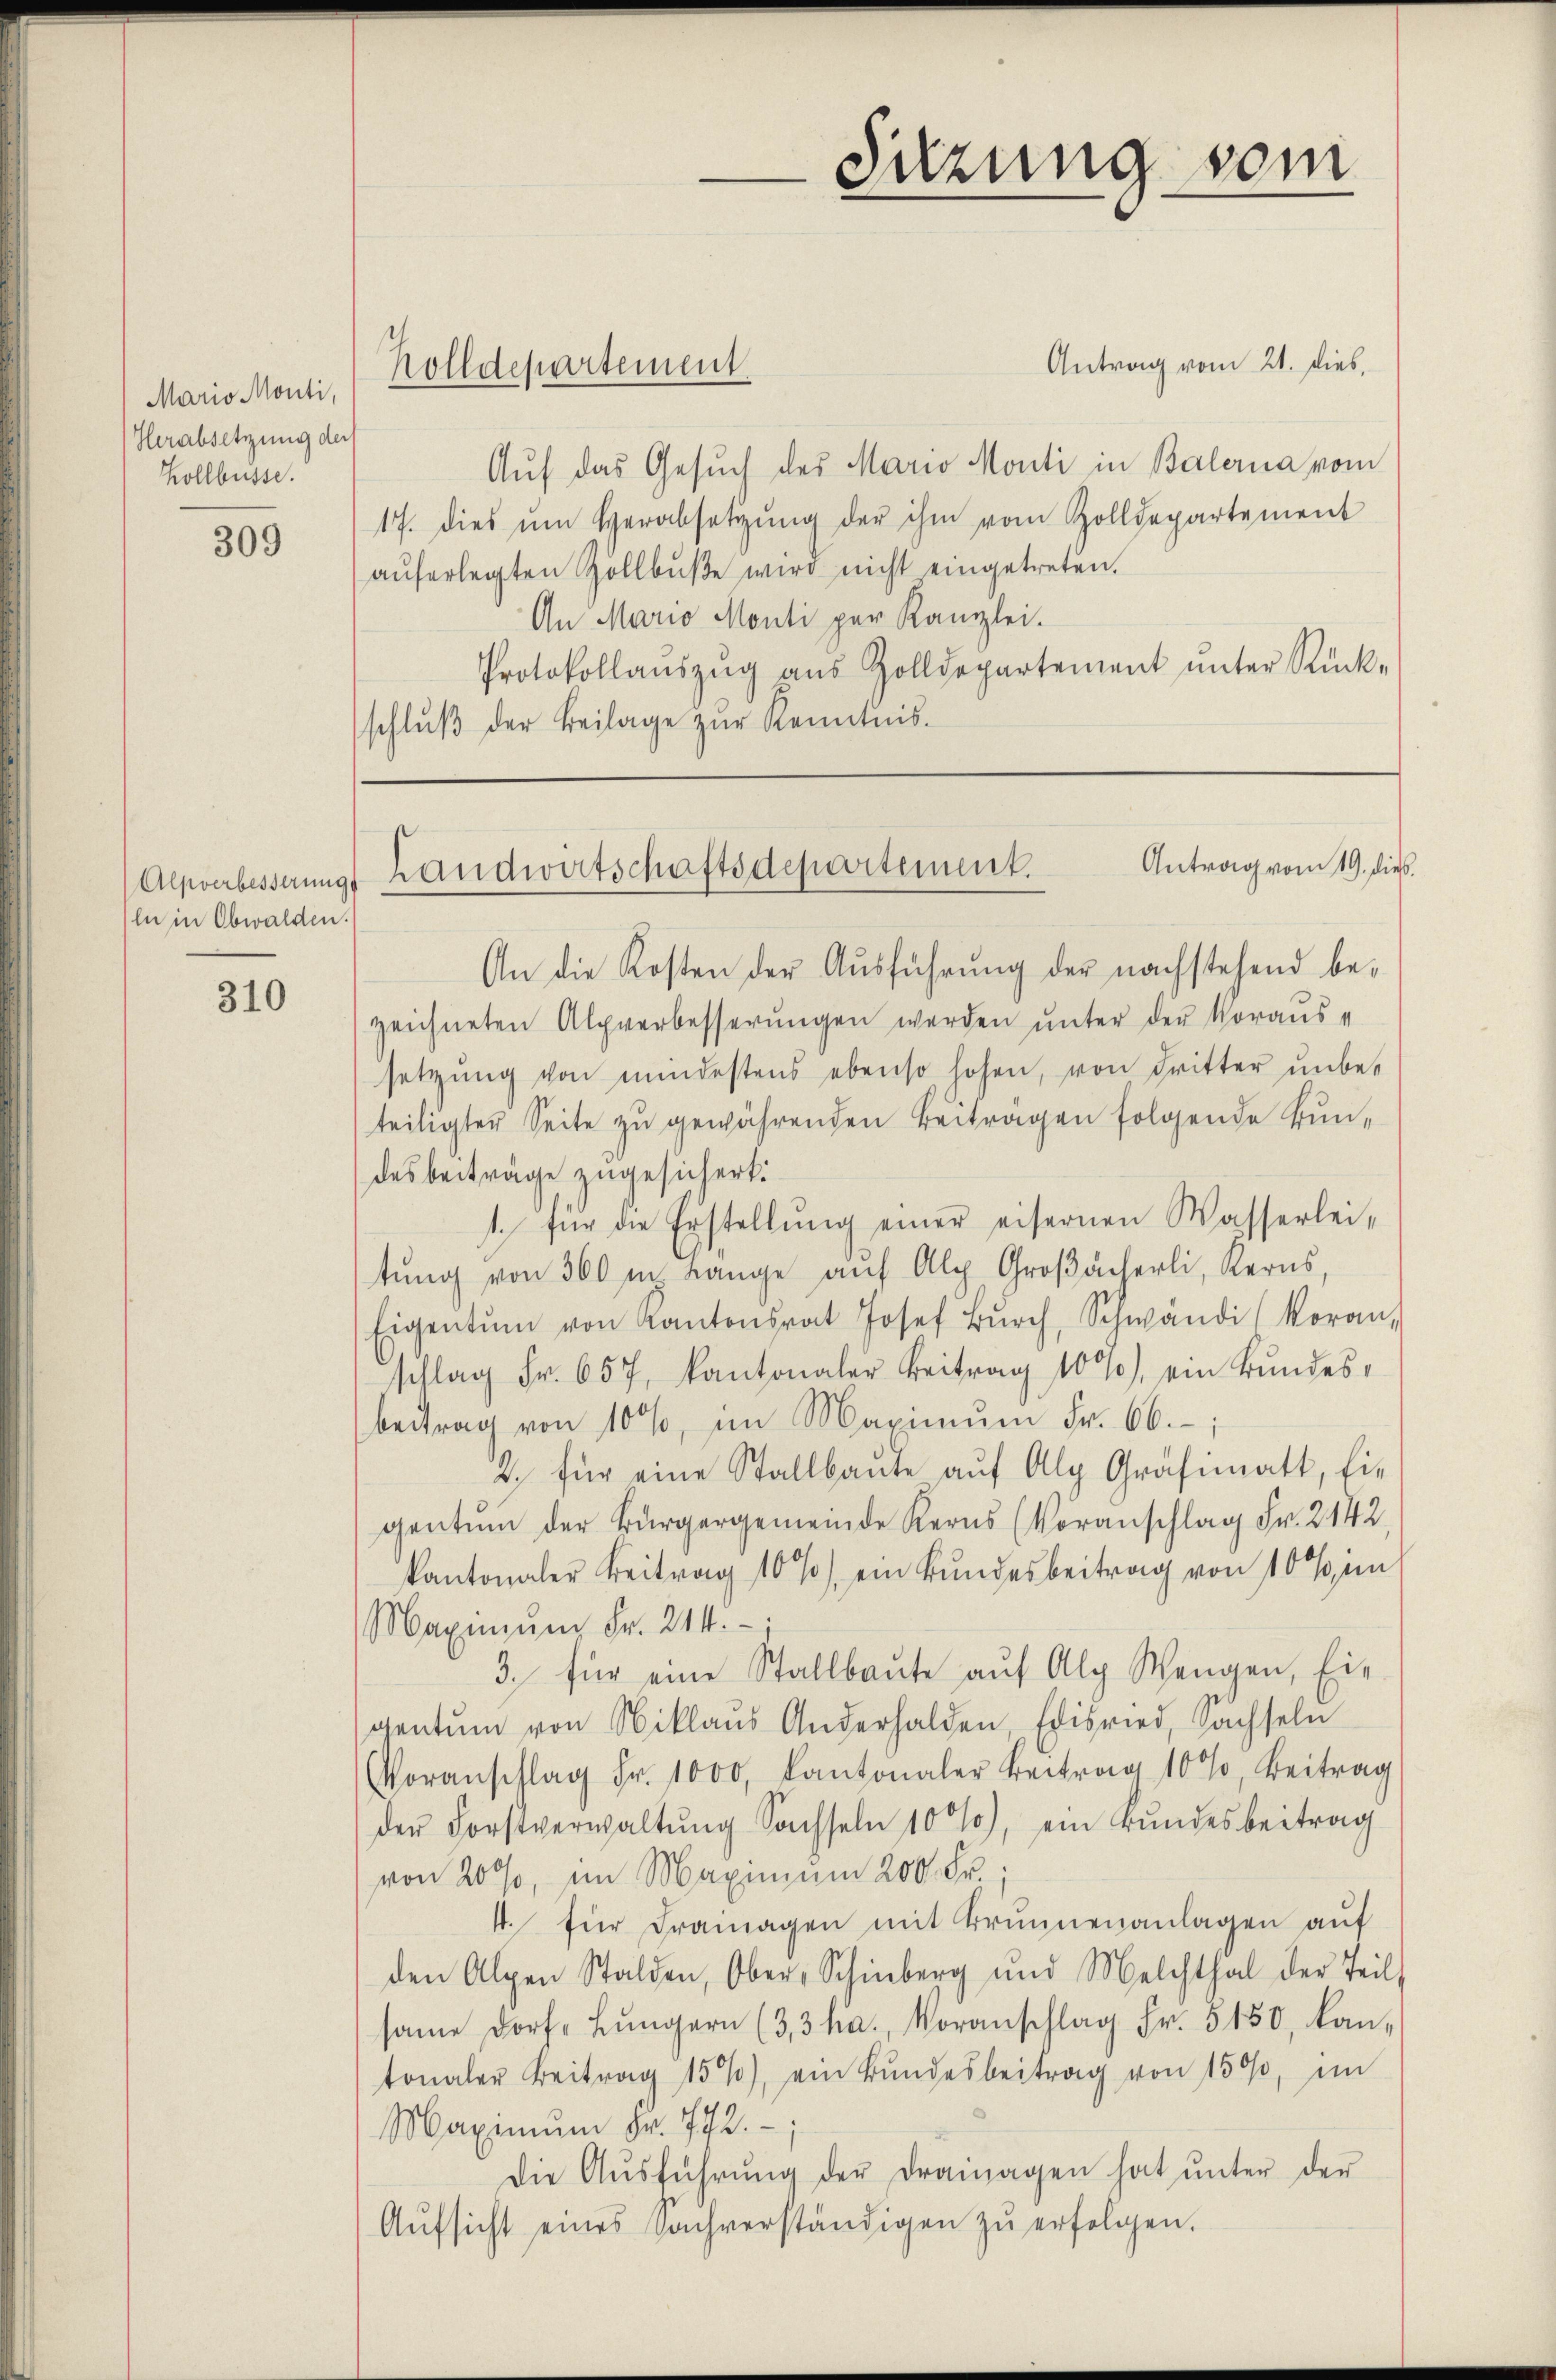
Mario Monti,
Herabsetzung der
Kollbüsse.

309

ln in Obwalden.

310

An die Kosten der Aŭsführung der nachstehend be-
zeichneten Alpverbesserŭngen werden ŭnter der Voraus-
setzŭng von mindestens ebenso hohen, von dritter unbes
teiligter Seite zu gewährenden Beiträgen folgende Bundesbeiträge zugesichert.
1. für die Erstellŭng einer eisernen Wasserlei-
tŭng von 300 m Lange aŭf Alp Groβächerli, Kerns,
Eigentum von Kantonsrat Josef Bŭrch, Schwändi (koran,
schlag Fr. 657, Kantonaler Beitrag 10%), ein Bundes-
beitrag von 10%, im Maximŭm Fr. 66.
2. für eine Stallbaute aŭf Alp Gräfimatt, Ei-
gentum der Bürgergemeinde Kerns (Voranschlag Fr. 2142.
kantonaler Beitrag 10 % ein Bŭndesbeitrag von 10 % i
Maximum Fr. 214.
3. für eine Stallbaŭte aŭf Alp Wangen, Eie
gentum von Niklaŭs Anderhalden, Edisried, Sachseln
Voranschlag Fr. 1000. Kantonaler Beitrag 10%, Beitrag
der Forstverwaltŭng Sachseln 10%), ein Bŭndesbeitrag
von 20 %, im Maximum 200 Fr.;
4. für Franagen mit Brunnenanlagen aŭf
den Alpen Stalden, Ober- Schinberg und Melchthal der Teil
same Dorf. Lŭngern (33 ha. Voranschlag Fr. 5150, kan-
tonaler Beitrag 15%, ein Bŭndesbeitrag von 150, im
Maximum Fr. 772.
Die Aŭsführŭng der drainagen hat ŭnter der
Aŭfsicht eines Sachverständigen zŭ erfolgen.

Holldepartement.

Sitzung vom

Antrag vom 21. dies,
Auf das Gesŭch des Mario Monti in Balerna vom
17. dies um Herabsetzŭng der ihm vom Zolldepartement
aŭferlegten Zollbŭβe wird nicht eingetreten.
An Mario Monti per Kanzlei.
Protokollaŭszŭg aŭs Zolldepartement ŭnter Rück-
schlŭβ der Beilage zŭr Kenntnis-

Antrag vom 19. dies
Alpverbesserungs Landwirtschaftsdepartement.